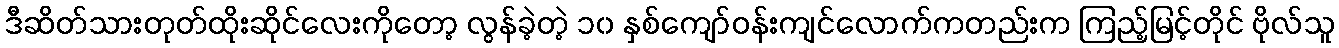
ဒီဆိတ်သားတုတ်ထိုးဆိုင်လေးကိုတော့ လွန်ခဲ့တဲ့ ၁၀ နှစ်ကျော်ဝန်းကျင်လောက်ကတည်းက ကြည့်မြင့်တိုင် ဗိုလ်သူ